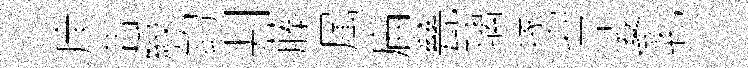
庠吿綬鈞判藤属扁甆璃塚密娑乳